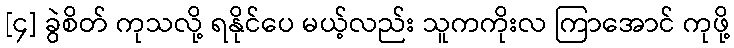
[၄] ခွဲစိတ် ကုသလို့ ရနိုင်ပေ မယ့်လည်း သူကကိုးလ ကြာအောင် ကုဖို့